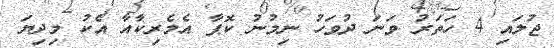
ޖުލައި 4 ހަތަރު ވަނަ ދުވަހު ނިމުނު ކޮޕާ އެމެރިކާއާ އެކު މިދިޔަ